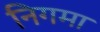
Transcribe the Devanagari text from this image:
निगमा